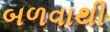
બળવાથી